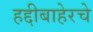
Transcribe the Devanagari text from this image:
हद्दीबाहेरचे